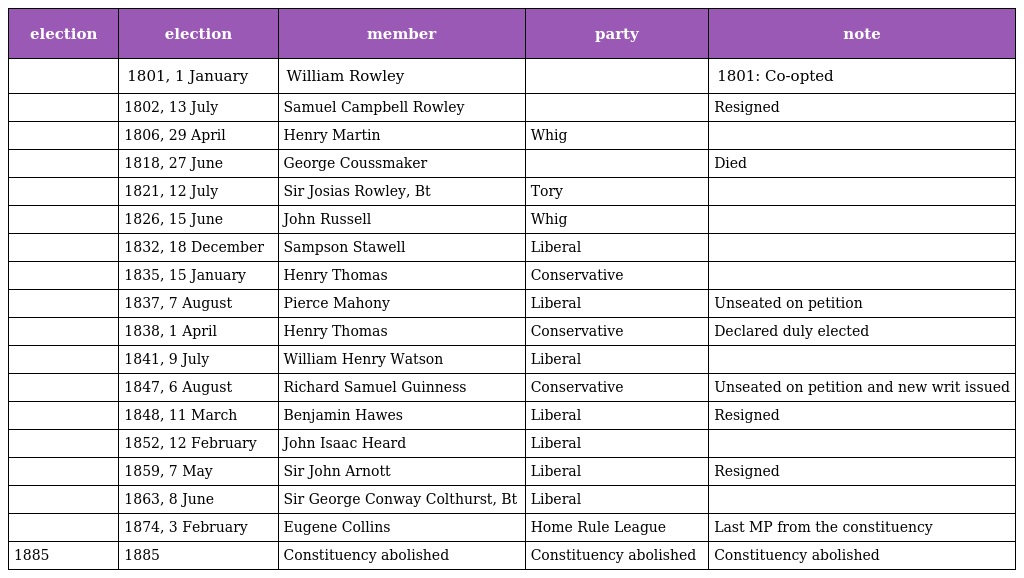
| election | election | member | party | note |
 | --- | --- | --- | --- | --- |
 |  | 1801, 1 January | William Rowley |  | 1801: Co-opted |
 |  | 1802, 13 July | Samuel Campbell Rowley |  | Resigned |
 |  | 1806, 29 April | Henry Martin | Whig |  |
 |  | 1818, 27 June | George Coussmaker |  | Died |
 |  | 1821, 12 July | Sir Josias Rowley, Bt | Tory |  |
 |  | 1826, 15 June | John Russell | Whig |  |
 |  | 1832, 18 December | Sampson Stawell | Liberal |  |
 |  | 1835, 15 January | Henry Thomas | Conservative |  |
 |  | 1837, 7 August | Pierce Mahony | Liberal | Unseated on petition |
 |  | 1838, 1 April | Henry Thomas | Conservative | Declared duly elected |
 |  | 1841, 9 July | William Henry Watson | Liberal |  |
 |  | 1847, 6 August | Richard Samuel Guinness | Conservative | Unseated on petition and new writ issued |
 |  | 1848, 11 March | Benjamin Hawes | Liberal | Resigned |
 |  | 1852, 12 February | John Isaac Heard | Liberal |  |
 |  | 1859, 7 May | Sir John Arnott | Liberal | Resigned |
 |  | 1863, 8 June | Sir George Conway Colthurst, Bt | Liberal |  |
 |  | 1874, 3 February | Eugene Collins | Home Rule League | Last MP from the constituency |
 | 1885 | 1885 | Constituency abolished | Constituency abolished | Constituency abolished |